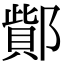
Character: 𨝳